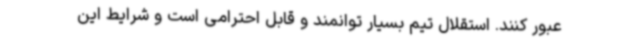
عبور کنند. استقلال تیم بسیار توانمند و قابل احترامی است و شرایط این